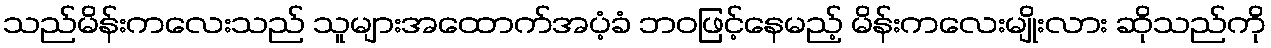
သည်မိန်းကလေးသည် သူများအထောက်အပံ့ခံ ဘဝဖြင့်နေမည့် မိန်းကလေးမျိုးလား ဆိုသည်ကို